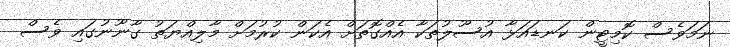
ނަމަވެސް ކޮމިޓީން ކަނޑައަޅާ އުސޫލުތަކާ އެއްގޮތަށް އެކަން ކުރުމަށް މާލިއްޔަތު ގާނޫނުގައި ވެސް